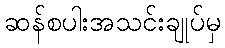
ဆန်စပါးအသင်းချုပ်မှ